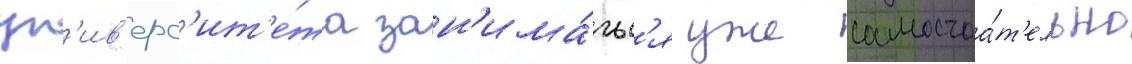
ун'ив'ерс'ит'е́та зан'има́тьс'я уже самостоа́т'ельно